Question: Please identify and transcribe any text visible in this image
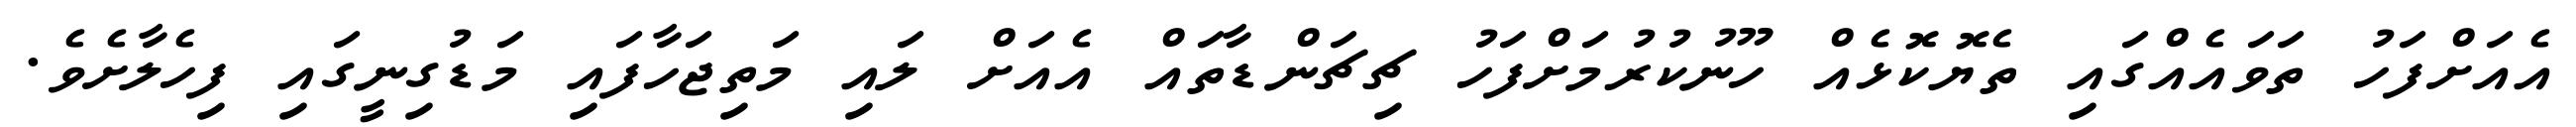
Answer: އެއަށްފަހު ތަވައެއްގައި ތެޔޮކޮޅެއް ހޫނުކުރުމަށްފަހު ޗިޗަންޑާތައް އެއަށް ލައި މަތިޖަހާފައި މަޑުގިނީގައި ފިހެލާށެވެ.